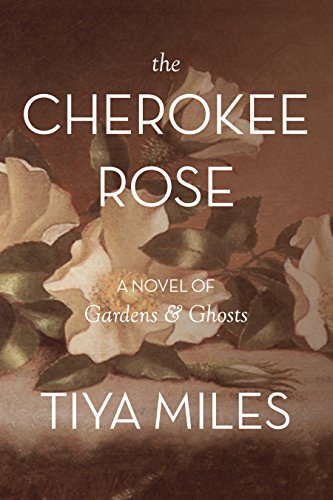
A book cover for The Cherokee Rose; Tiya Miles; Literature & Fiction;